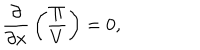
{ \frac { \partial } { \partial x } } \left( { \frac { \Pi } { V } } \right) = 0 ,